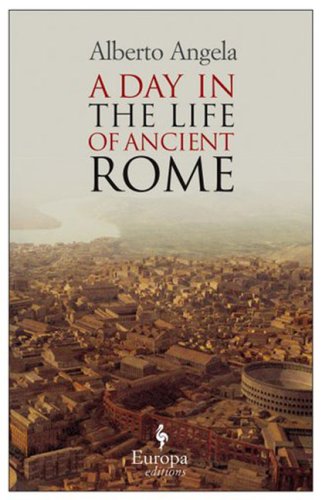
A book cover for A Day in the Life of Ancient Rome: Daily Life, Mysteries, and Curiosities; Alberto Angela; History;